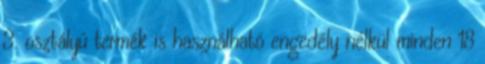
3. osztályú termék is használható engedély nélkül minden 18